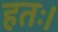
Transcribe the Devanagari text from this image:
हतः।